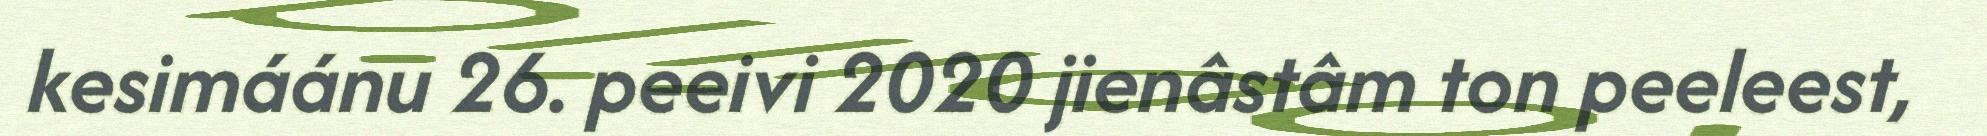
kesimáánu 26. peeivi 2020 jienâstâm ton peeleest,